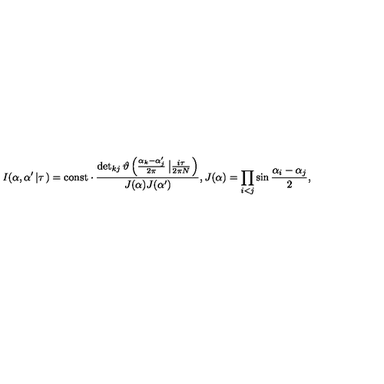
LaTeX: I ( \alpha , \alpha ^ { \prime } \left| \tau \right. ) = \mathrm { c o n s t } \cdot \frac { \det _ { k j } \vartheta \left( \frac { \alpha _ { k } - \alpha _ { j } ^ { \prime } } { 2 \pi } \left| \frac { i \tau } { 2 \pi N } \right. \right) } { J ( \alpha ) J ( \alpha ^ { \prime } ) } , J ( \alpha ) = \prod _ { i < j } \sin \frac { \alpha _ { i } - \alpha _ { j } } { 2 } ,